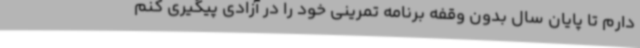
دارم تا پایان سال بدون وقفه برنامه تمرینی خود را در آزادی پیگیری کنم